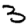
Digit: 3